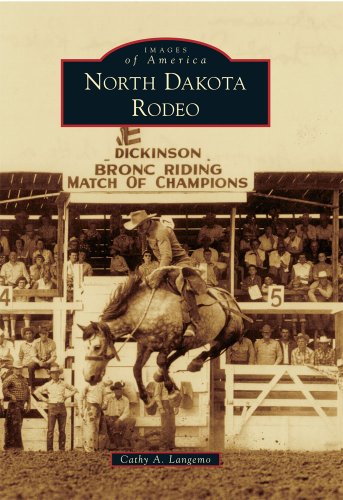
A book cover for North Dakota Rodeo (Images of America (Arcadia Publishing)); Cathy A. Langemo; Sports & Outdoors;